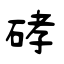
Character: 硣